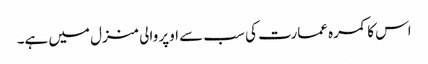
اس کا کمرہ عمارت کی سب سے اوپر والی منزل میں ہے۔